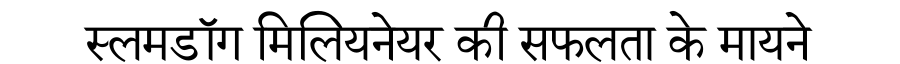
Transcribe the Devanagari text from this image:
स्लमडॉग मिलियनेयर की सफलता के मायने